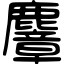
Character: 麞